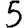
Digit: 5